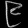
Digit: ၉